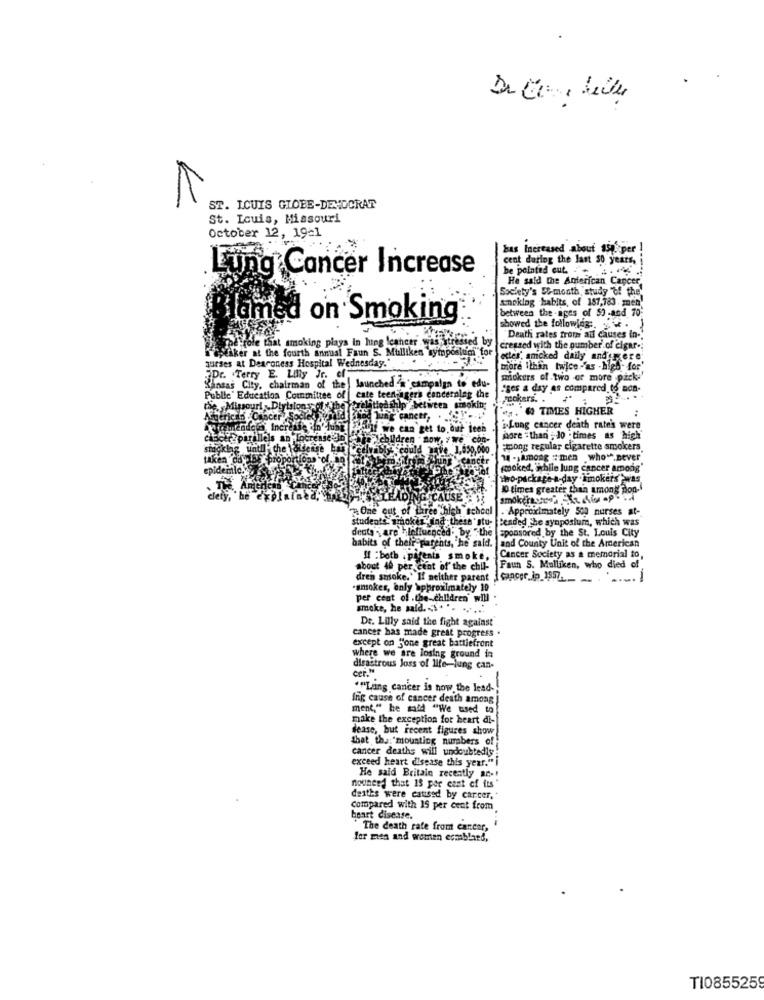
-
ST. ICUIS GLOBE-DEMOCRAT
St. Louis, Missouri
October 12, 1921
bas Increased about 150 per !
cent during the last 30 years, i
Lung Cancer Increase
be pointed out. .
He said the Anterican Cancer,
Society's W-month 'study "of the'
snoklag habits, of 187,783 men"
between the -ages of 53 -and 70:
lamed on Smoking
showed the following :. ..
that smoking plays In lung cancer Was
Death rates from ad causes in.
created with the number of cigar -;
surses at Deaconess Hospital Wednesday."
senker at the fourth annual Faun S. Mulliken symposl
etles, amcked daily and gere
more ithan twice as -high for'
Dr. Terry E. Lilly Jr.
smokers of two or more -pack-
& City
chairman of the
launched a campaign to edu-
neerala
Sges a day as compared to mon-
Public' Educat
a Committee of cate
the
pokers. .
iprfbetween
es. # TIMES HIGHER
cancer,
Jahr we can get to.
Lung cancer death rate's were
Udren
hore - than - Jo - times as high'
among regular cigarette smokers.
14 . among : men who .never
smoked, while lung cancer among"
Hhwo-package-a-day .smokers"}was
D times greater than among pon.
IDING CAUSE
One out of taree high school
Approximately 500 nurses at-
studentssmokes find these "stu-
Beaded The symposium, which was
deuta - are - Influenced by the
Sponsored by the St. Louis City
ced ., by "the
and County Unit of the American
habits of their parents, "he said.
Il : both . parents smoke,
Cancer Society as a memorial to,
about 40 per cent of' the chil-
Faun S. Mulliken, who died of
dren smoke.' If neither parent
cancer_ip_1957.
·smokes, anly approximately 19
per cent of .the-children will
smoke, he said. ... . ..
De. Lilly said the fight against
cancer has made great progress .
except on j'one great battlefront
where we are losing ground in
Cer."
disastrous Joss of life-lung can-
""Lung cancer is how the lead-"
Ing cause of cancer death among
ment," he said "We used to
make the exception for heart di-
dease, but recent figures show
that the mounting numbers of
cancer deaths will undoubtedly
exceed heart disease this year." i
He said Britain recently ac -!
nouneed that 15 per cent of its"
deaths were caused by carcer,
Compared with 15 per cent from
heart disease.
The death rate from cancer,
for men and women ecmblard,
TI085525